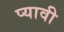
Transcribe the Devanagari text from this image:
प्यावी